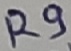
Text: R9